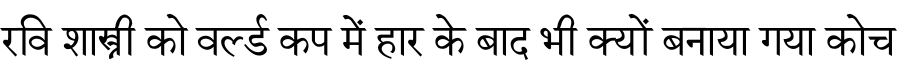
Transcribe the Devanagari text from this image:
रवि शास्त्री को वर्ल्ड कप में हार के बाद भी क्यों बनाया गया कोच